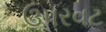
ઉપરવટ